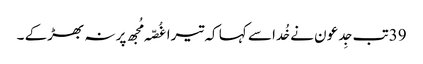
39تب جِدعو ن نے خُدا سے کہا کہ تیرا غُصّہ مُجھ پر نہ بھڑکے ۔